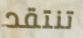
تنتقد